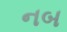
નબ